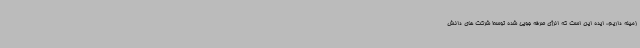
زمینه داریم، ایده این است که انرژی صرفه جویی شده توسط شرکت های دانش